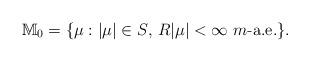
LaTeX: \begin{align*} \mathbb M_0=\{\mbox{$\mu:|\mu|\in S$,\,\,$R|\mu|<\infty$ $m$-a.e.}\}.\end{align*}